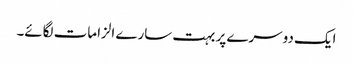
ایک دوسرے پر بہت سارے الزامات لگائے۔